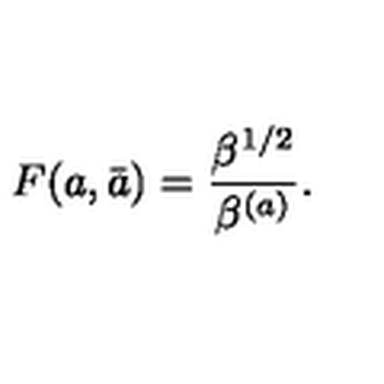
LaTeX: F ( a , \bar { a } ) = { \frac { \beta ^ { 1 / 2 } } { \beta ^ { ( a ) } } } .